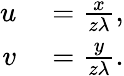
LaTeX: \begin{array}{rl}{u}&{{}=\frac{x}{z\lambda},}\\ {v}&{{}=\frac{y}{z\lambda}.}\end{array}